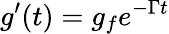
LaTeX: g^{\prime}(t)=g_{f}e^{-\Gamma t}